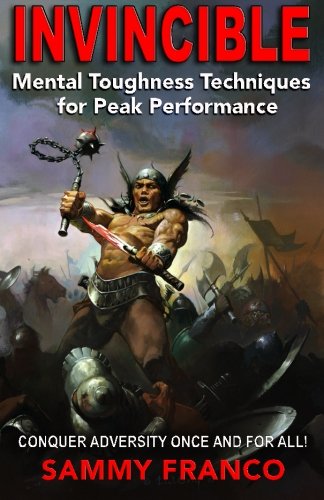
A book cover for Invincible: Mental Toughness Techniques for Peak Performance; Sammy Franco; Sports & Outdoors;